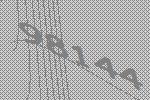
98144